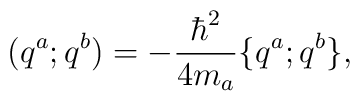
(q^a;q^b)=-{\hbar^2\over 4m_a}\{q^a;q^b\},